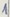
Text: 1